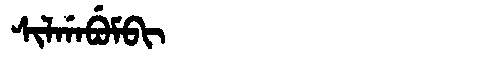
Manchu: ᠰᡳᠯᡤᠠᠪᡠᠮᠪᡳ
Romanization: SILGABUMBI